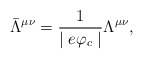
\begin{align*}\bar{\Lambda}^{\mu\nu}=\frac{1}{\mid e\varphi_{c} \mid }\Lambda^{\mu\nu},\end{align*}